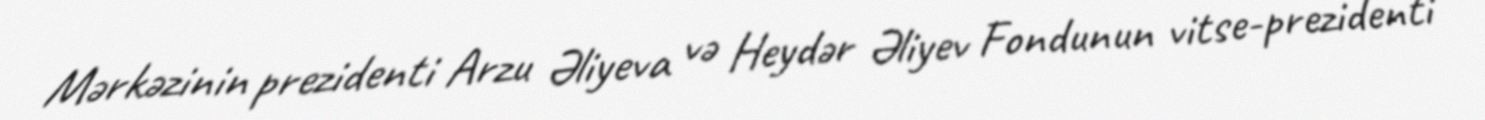
Mərkəzinin prezidenti Arzu Əliyeva və Heydər Əliyev Fondunun vitse-prezidenti